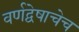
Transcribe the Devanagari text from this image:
वर्णद्वेषाचेच